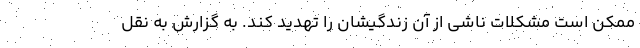
ممکن است مشکلات ناشی از آن زندگیشان را تهدید کند. به گزارش به نقل